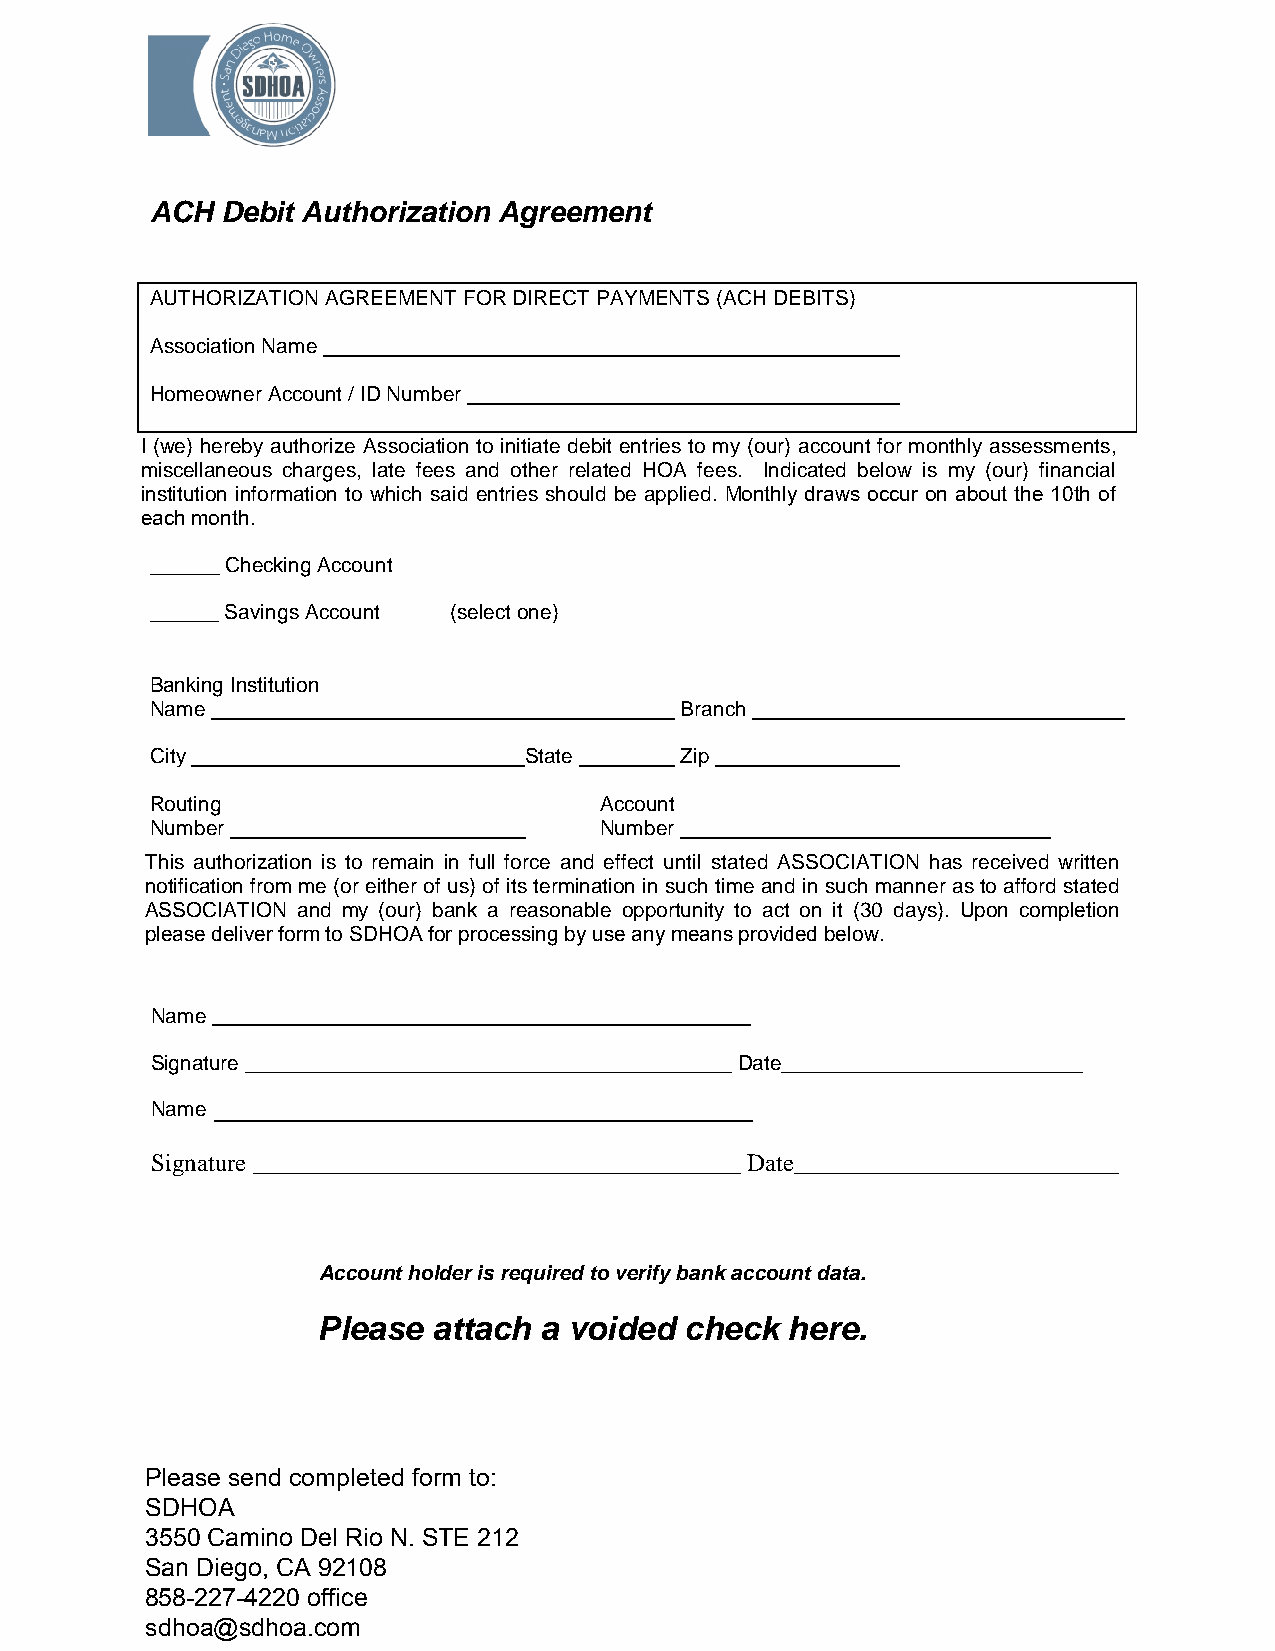
ACH  Debit Authorization Agreement
 AUTHORIZATION AGREEMENT FOR DIRECT PAYMENTS (ACH DEBITS)
 Association Name
 Homeowner Account / ID Number
 I (we) hereby authorize Association to initiate debit entries to my (our) account for monthly assessments,
 miscellaneous charges, late fees and other related HOA fees. Indicated below is my (our) financial
 institution information to which said entries should be applied. Monthly draws occur on about the 10th of
 each month.
 ______ Checking Account
 ______ Savings Account (select one)
 Banking Institution
 Name                               Branch
 City                     State     Zip
 Routing                       Account
 Number                        Number
 This authorization is to remain in full force and effect until stated ASSOCIATION has received written
 notification from me (or either of us) of its termination in such time and in such manner as to afford stated
 ASSOCIATION and my (our) bank a reasonable opportunity to act on it (30 days). Upon completion
 please deliver form to SDHOA for processing by use any means provided below.
 Name
 Signature __________________________________________ Date__________________________
 Name
 Signature _______________________________________ Date__________________________
 Account holder is required to verify bank account data.
 Please  attach a voided check  here.
 Please send completed form to:
 SDHOA
 3550 Camino Del Rio N. STE 212
 San Diego, CA 92108
 858-227-4220 office
 sdhoa@sdhoa.com